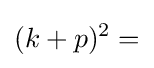
(k+p)^{2}=